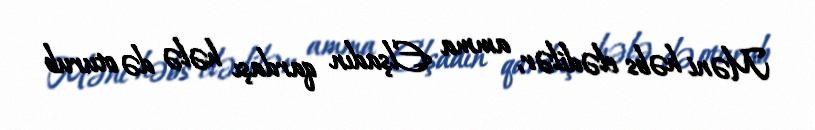
Məni həbs elədilər, amma Elşadın qardaşı hələ də oturub